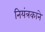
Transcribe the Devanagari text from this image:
नियंत्रकाने